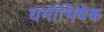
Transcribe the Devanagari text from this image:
धर्माभिषेक